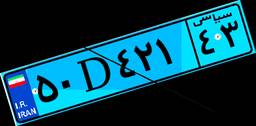
۵۰D۴۲۱۴۳